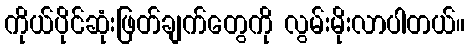
ကိုယ်ပိုင်ဆုံးဖြတ်ချက်တွေကို လွမ်းမိုးလာပါတယ်။